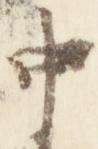
中